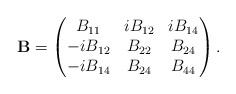
LaTeX: \begin{align*}\mathbf{B}=\begin{pmatrix}B_{11}&iB_{12}&iB_{14}\\-iB_{12}&B_{22}&B_{24}\\-iB_{14}&B_{24}&B_{44}\end{pmatrix}.\end{align*}